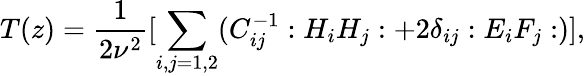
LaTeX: T(z)=\frac{1}{2\nu^{2}}[\sum_{i,j=1,2}(C_{ij}^{-1}:H_{i}H_{j}:+2\delta_{ij}:E_{i}F_{j}:)],